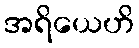
အရိယေဟိ